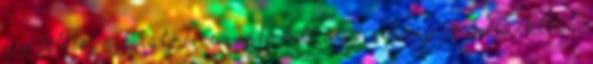
egy félkésznek ható fércmunka lett alig néhány jó pillanattal.